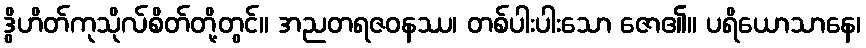
ဒွိဟိတ်ကုသိုလ်စိတ်တို့တွင်။ အညတရဇဝနဿ၊ တစ်ပါးပါးသော ဇော၏။ ပရိယောသာနေ၊